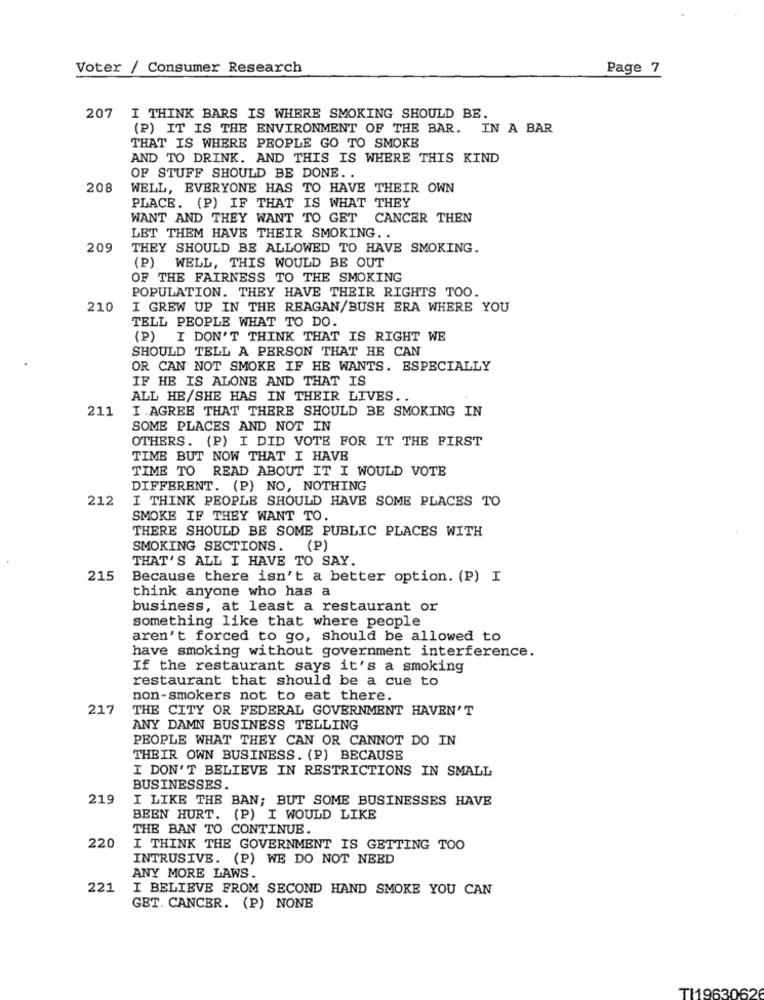
Voter / Consumer Research
Page 7
207 I THINK BARS IS WHERE SMOKING SHOULD BE.
(P) IT IS THE ENVIRONMENT OF THE BAR. IN A BAR
THAT IS WHERE PEOPLE GO TO SMOKE
AND TO DRINK. AND THIS IS WHERE THIS KIND
OF STUFF SHOULD BE DONE. .
208
WELL, EVERYONE HAS TO HAVE THEIR OWN
PLACE. (P) IF THAT IS WHAT THEY
WANT AND THEY WANT TO GET CANCER THEN
LET THEM HAVE THEIR SMOKING ..
209
THEY SHOULD BE ALLOWED TO HAVE SMOKING.
(P) WELL, THIS WOULD BE OUT
OF THE FAIRNESS TO THE SMOKING
POPULATION. THEY HAVE THEIR RIGHTS TOO.
210
I GREW UP IN THE REAGAN/BUSH ERA WHERE YOU
TELL PEOPLE WHAT TO DO.
(P) I DON'T THINK THAT IS RIGHT WE
SHOULD TELL A PERSON THAT HE CAN
OR CAN NOT SMOKE IF HE WANTS. ESPECIALLY
IF HE IS ALONE AND THAT IS
ALL HE/SHE HAS IN THEIR LIVES ..
211
I.AGREE THAT THERE SHOULD BE SMOKING IN
SOME PLACES AND NOT IN
OTHERS. (P) I DID VOTE FOR IT THE FIRST
TIME BUT NOW THAT I HAVE
TIME TO READ ABOUT IT I WOULD VOTE
DIFFERENT. (P) NO, NOTHING
212
I THINK PEOPLE SHOULD HAVE SOME PLACES TO
SMOKE IF THEY WANT TO.
THERE SHOULD BE SOME PUBLIC PLACES WITH
SMOKING SECTIONS. (P)
THAT'S ALL I HAVE TO SAY.
215
Because there isn't a better option. (P) I
think anyone who has a
business, at least a restaurant or
something like that where people
aren't forced to go, should be allowed to
have smoking without government interference.
If the restaurant says it's a smoking
restaurant that should be a cue to
non-smokers not to eat there.
217
THE CITY OR FEDERAL GOVERNMENT HAVEN'T
ANY DAMN BUSINESS TELLING
PEOPLE WHAT THEY CAN OR CANNOT DO IN
THEIR OWN BUSINESS. (P) BECAUSE
I DON'T BELIEVE IN RESTRICTIONS IN SMALL
BUSINESSES.
219
I LIKE THE BAN; BUT SOME BUSINESSES HAVE
BEEN HURT. (P) I WOULD LIKE
THE BAN TO CONTINUE.
220
I THINK THE GOVERNMENT IS GETTING TOO
INTRUSIVE. (P) WE DO NOT NEED
ANY MORE LAWS.
221
I BELIEVE FROM SECOND HAND SMOKE YOU CAN
GET. CANCER. (P) NONE
TI19630626